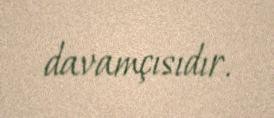
davamçısıdır.